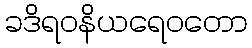
ခဒိရဝနိယရေဝတော